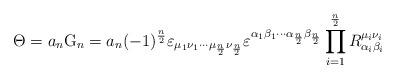
LaTeX: \begin{align*}\Theta =a_{n}{\rm G}_{n}=a_{n}(-1)^{\frac{n}{2}}\varepsilon _{\mu _{1}\nu_{1}\cdots \mu _{\frac{n}{2}}\nu _{\frac{n}{2}}}\varepsilon ^{\alpha_{1}\beta _{1}\cdots \alpha _{\frac{n}{2}}\beta _{\frac{n}{2}}}\prod_{i=1}^{\frac{n}{2}}R_{\alpha _{i}\beta _{i}}^{\mu _{i}\nu _{i}}\end{align*}